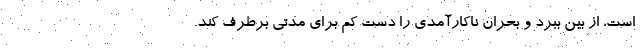
است، از بین ببرد و بحران ناکارآمدی را دست‌ کم برای مدتی برطرف کند.